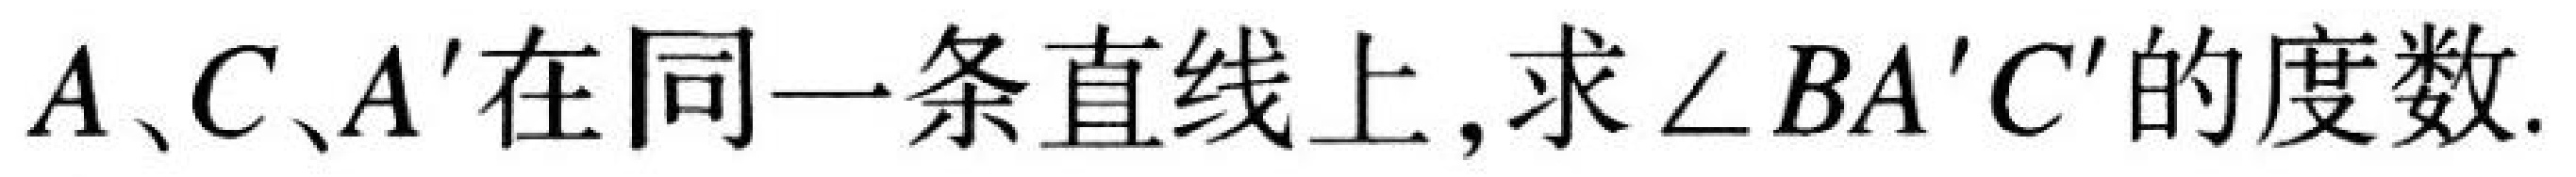
\(A、C、A'\)在同一条直线上,求\(\angle BA'C'\)的度数.